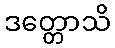
ဒတ္တောသိ